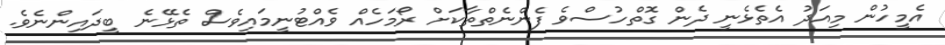
އެމީހުން މިއަދު އެތެޅެނީ ދެން ގޮތްހުސްވެ ފެންނެތްތާކަށް ރޯމަހެއް ވެއްޓުނީމައިވެސް ތެޅޭނެ ބީދައިންނެވެ.